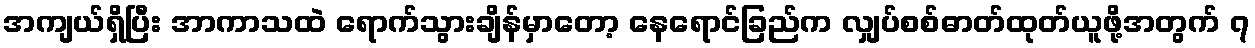
အကျယ်ရှိပြီး အာကာသထဲ ရောက်သွားချိန်မှာတော့ နေရောင်ခြည်က လျှပ်စစ်ဓာတ်ထုတ်ယူဖို့အတွက် ၇